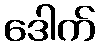
ဒေါက်